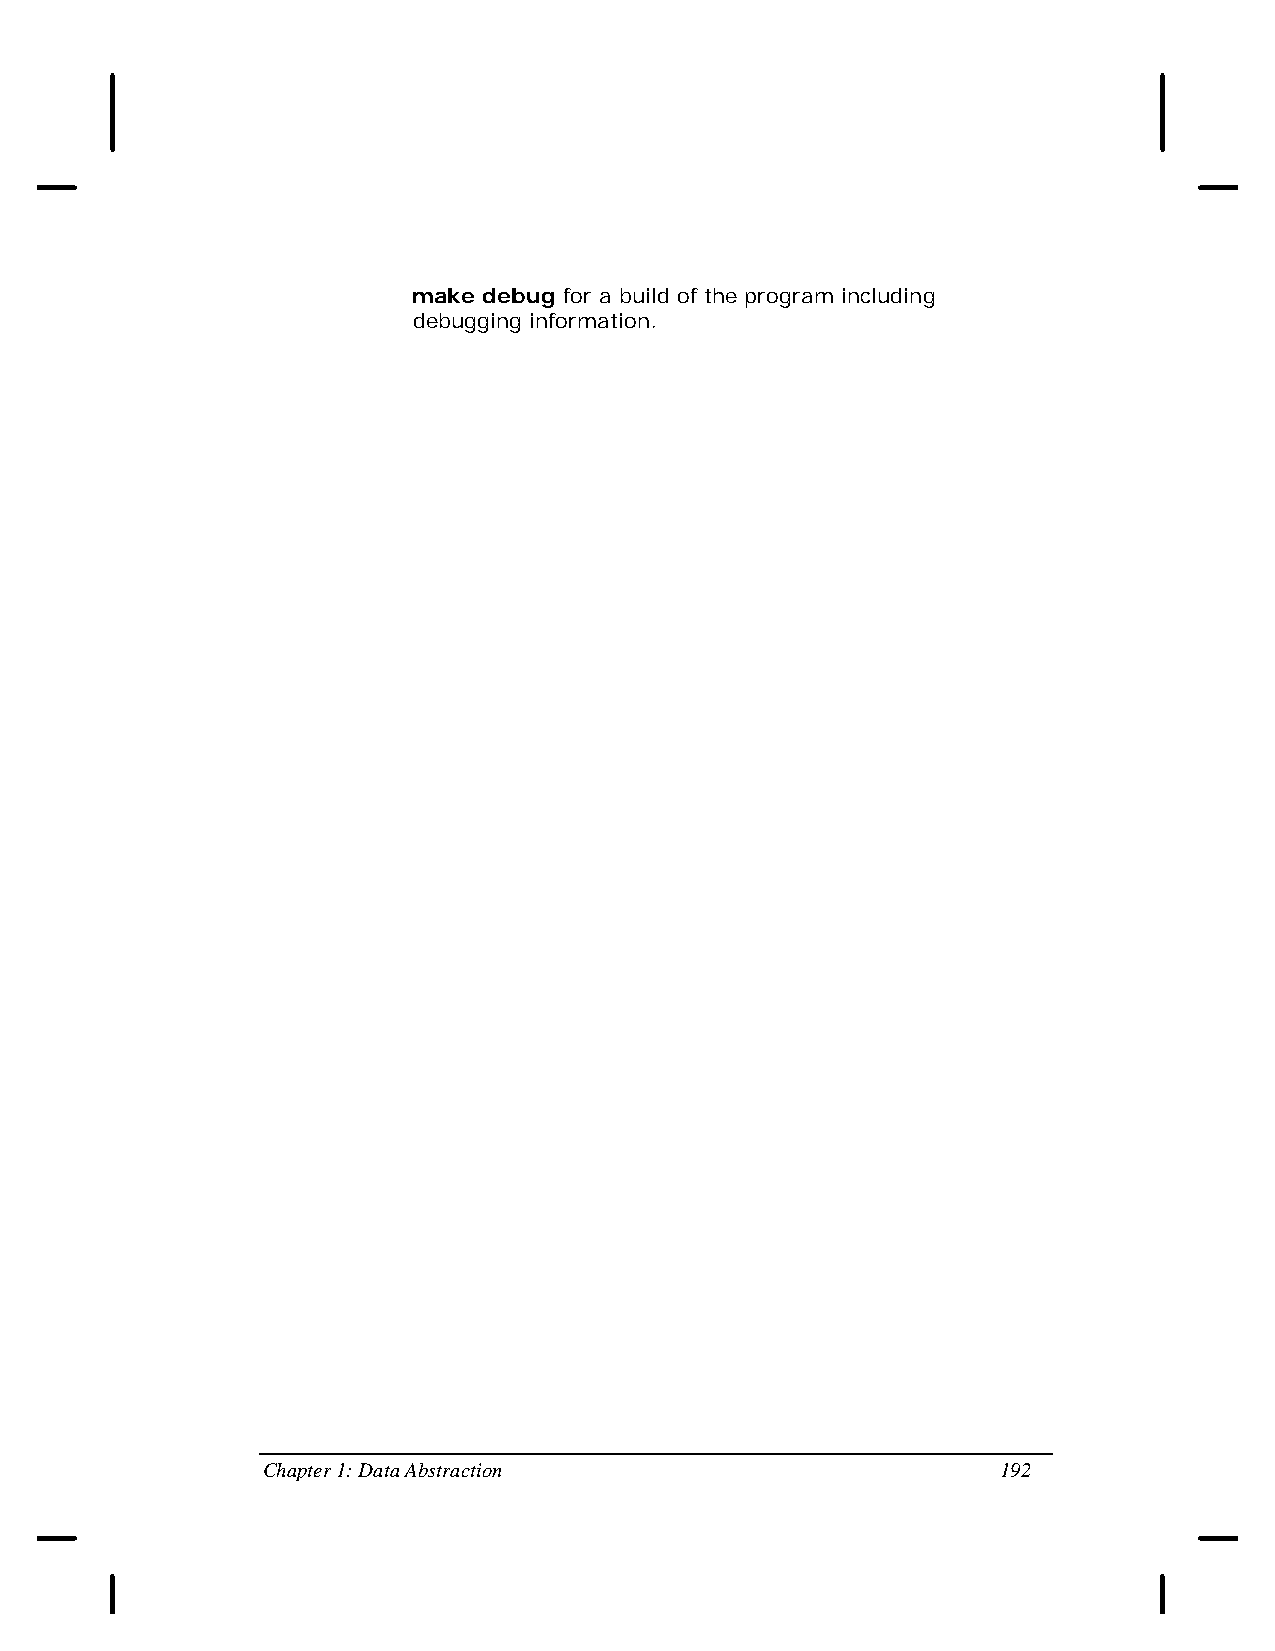
make debug for a build of the program including
 debugging information.
 Chapter 1: Data Abstraction                      192